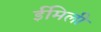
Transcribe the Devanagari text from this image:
ईमिली